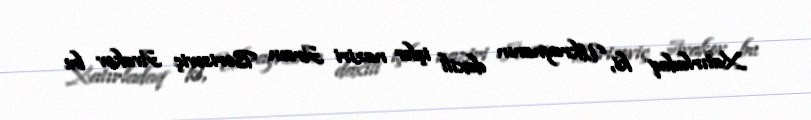
Xatırladaq ki, Ukraynanın daxili işlər naziri Arsen Borisoviç Avakov bu